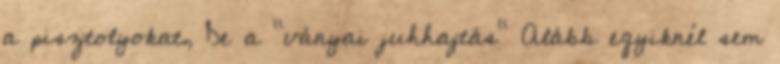
a pisztolyokat, De a "ványai juhhajtás" Alább egyiknél sem